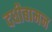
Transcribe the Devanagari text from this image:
दधीबामन